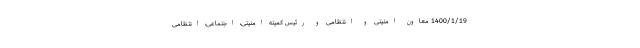
1400/1/19 معاون امنیتی و انتظامی و رئیس کمیته امنیتی، اجتماعی، انتظامی